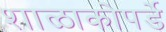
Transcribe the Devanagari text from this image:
शाळाकोपर्डे